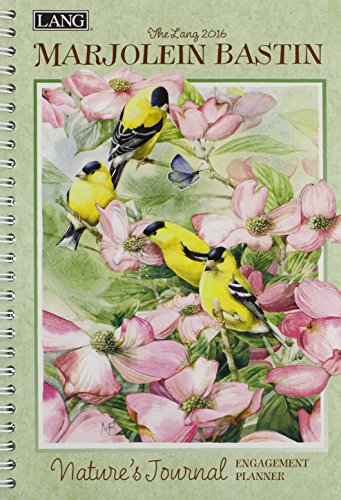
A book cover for The Lang Marjolein Bastin Natures Journal 2016 Engagement Planner; Calendars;